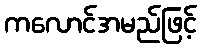
ကလောင်အမည်ဖြင့်